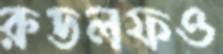
রুডলফও